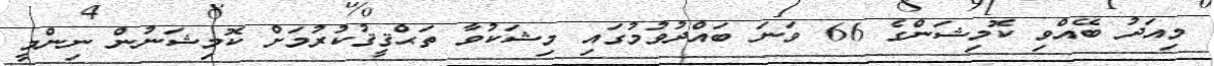
މިއަދު ބޭއްވި ކޮމިޝަންގެ 66 ވަނަ ބައްދުވުމުގައި މިޝަކުވާ ތަޙްޤީޤުކުރުމަށް ކޮމިޝަނުން ނިންމީ